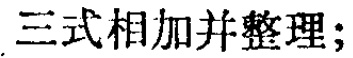
三式相加并整理;